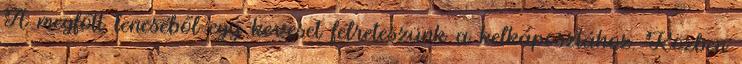
A megfőtt lencséből egy keveset félreteszünk a kelkáposztához. Közben